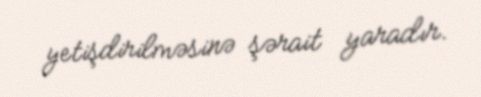
yetişdirilməsinə şərait yaradır.